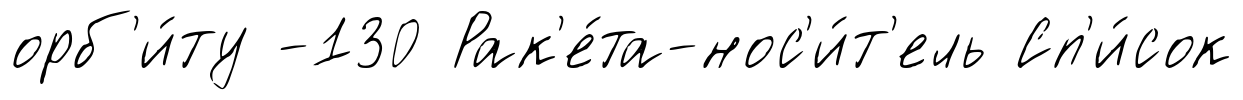
орб'и́ту -130 Рак'е́та-нос'и́т'ель Сп'и́сок